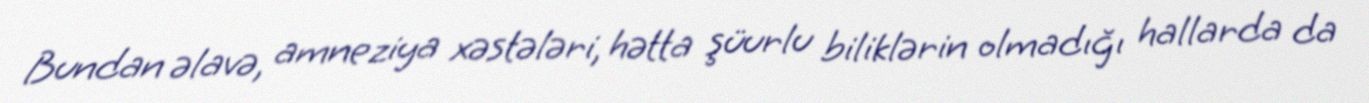
Bundan əlavə, amneziya xəstələri, hətta şüurlu biliklərin olmadığı hallarda da